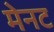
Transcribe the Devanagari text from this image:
मेनट